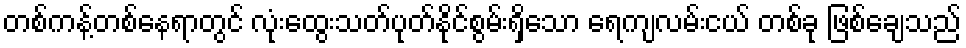
တစ်ကန့်တစ်နေရာတွင် လုံးထွေးသတ်ပုတ်နိုင်စွမ်းရှိသော ရေကျလမ်းငယ် တစ်ခု ဖြစ်ချေသည်